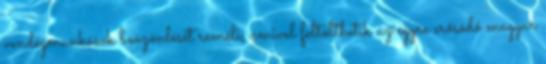
vendégmunkások beözönlését reméli, amivel feltölthetik az egyre erősödő magyar